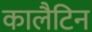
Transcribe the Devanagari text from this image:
कालैटिन